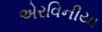
એરવિનીયા